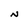
Character: N